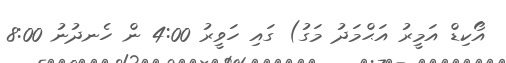
އޯކިޑް އަމީރު އަޙްމަދު މަގު) ގައި ހަވީރު 4:00 ން ހެނދުނު 8:00